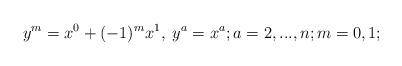
LaTeX: \begin{align*} y^m=x^0+(-1)^mx^1,\;y^a=x^a; a=2,...,n; m=0,1;\end{align*}